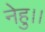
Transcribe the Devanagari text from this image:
नेहु।।